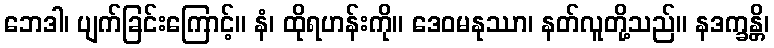
ဘေဒါ၊ ပျက်ခြင်းကြောင့်။ နံ၊ ထိုရဟန်းကို။ ဒေဝမနုဿာ၊ နတ်လူတို့သည်။ နဒက္ခန္တိ၊